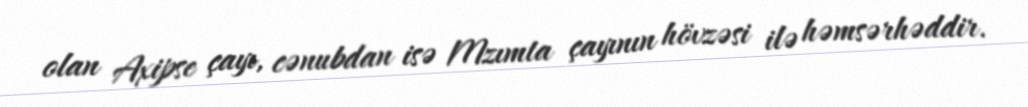
olan Axipse çayı, cənubdan isə Mzımta çayının hövzəsi ilə həmsərhəddir.